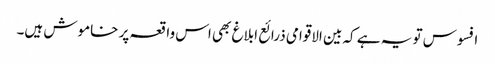
افسوس تو یہ ہے کہ بین الاقوامی ذرائع ابلاغ بھی اس واقعہ پر خاموش ہیں۔